Indian Medical Review
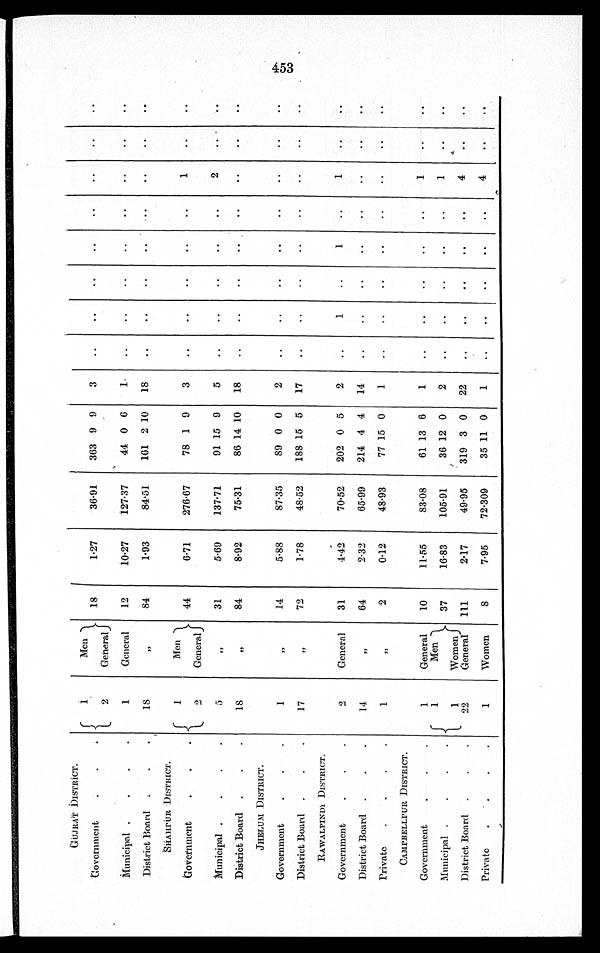
GUJRAT DISTRICT.
Government .
. .
1
2
Men
General
18
1.27
36.91
363 9 9
3
. .
. .
. .
. .
. .
. .
. .
. .
Municipal .
. . .
1
General
12
10.27
127.37
4 4 0 6
1
. .
. .
. .
. .
. .
. .
. .
. .
District Board
.
.
18
„ 84
1.93
84.51
161 2 10
18
. .
. .
..
..
. .
..
..
..
S H A H P U R D I S T R I C T .
Government . . .
1
2
Men
General
44
6.71
276.67
78 1 9
3
. .
. .
. .
. .
. .
1
. .
. .
Municipal .
.
.
.
5
„ 31
5.69
137.71
91 15 9
5
..
. .
. .
. .
..
2
. .
..
District Board .
.
.
18
„ 84
8.92
75.31
86 14 10
18
. .
. .
..
. .
. .
..
..
..
JHELUM DISTRICT.
Government
.
.
.
1
„
14
5.88
87.35
89 0 0
2
. .
. .
. .
..
. .
..
..
..
District Board .
.
.
1 7
„
72
1.78
48.52
188 15 5
17
. .
. .
. .
. .
..
..
..
..
RAWALPINDI DISTRICT.
Government
.
.
.
2
General
31
4.42
70.52
202 0 5
2
. .
1
. .
1
. .
1
. .
. .
District Board .
.
.
1 4
„
64
2.32
65.99
214 4 4
14
. .
. .
. .
. .
. .
. .
. .
. .
Private
.
.
.
.
1
„ 2
0.12
48.93
77 15 0
1
. .
. .
..
. .
. .
. .
. .
. .
CAMPBELLPUR DISTRICT .
Government
.
.
.
1
General
10
11.55
83.08
61 13 6
1
. .
. .
. .
. .
. .
1
. .
. .
Municipal .
.
.
.
1
1 1
Men
Women
37
16.83
105.91
36 12 0
2
. .
. .
. .
. .
. .
1
. .
. .
District Board .
.
.
22
General 111
2.17
49.95
319 3 0 22
. .
. .
..
. .
. .
4
. .
. .
Private
. .
.
•
1
Women
8
7.95
72.309
35 11 0
1
. .
. .
. .
. .
. .
4
. .
. .